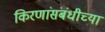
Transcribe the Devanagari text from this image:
किरणांसंबंधीच्या